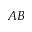
A B